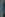
)